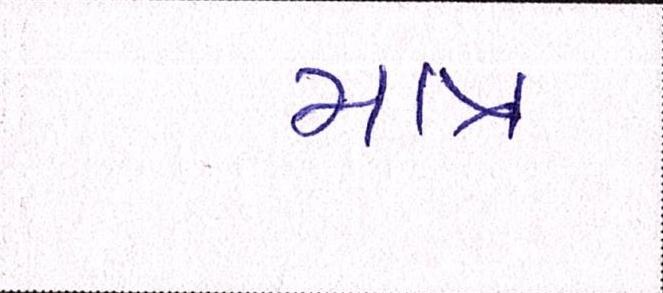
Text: માત્ર